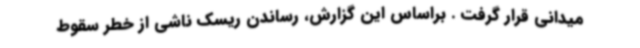
میدانی قرار گرفت . براساس این گزارش، رساندن ریسک ناشی از خطر سقوط